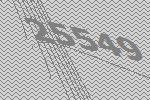
25549